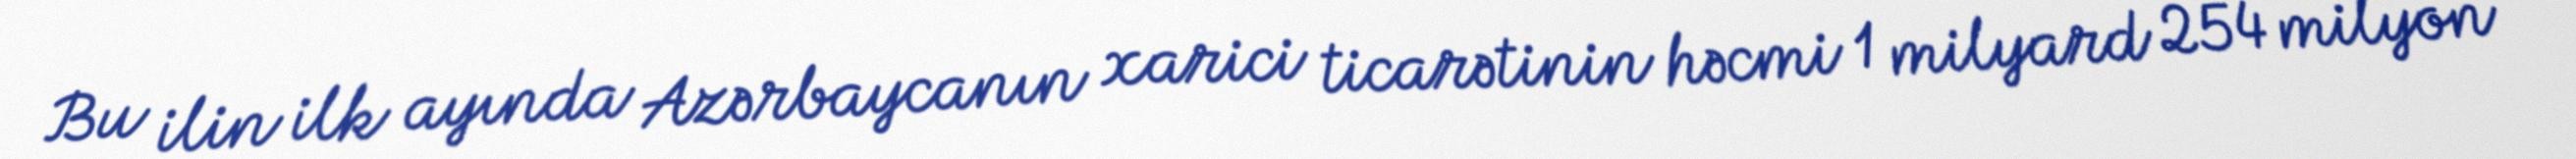
Bu ilin ilk ayında Azərbaycanın xarici ticarətinin həcmi 1 milyard 254 milyon